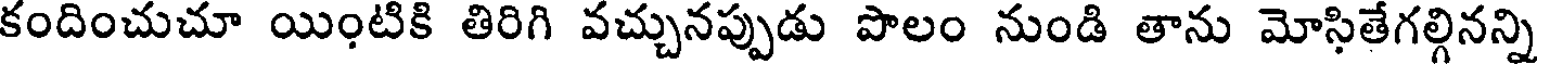
కందించుచూ యింటికి తిరిగి వచ్చునప్పుడు పొలం నుండి తాను మోసితేగల్గినన్ని